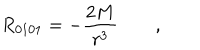
R _ { 0 1 0 1 } = - \frac { 2 M } { r ^ { 3 } } \qquad ,